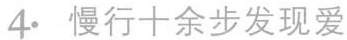
4· 慢行十余步发现爱